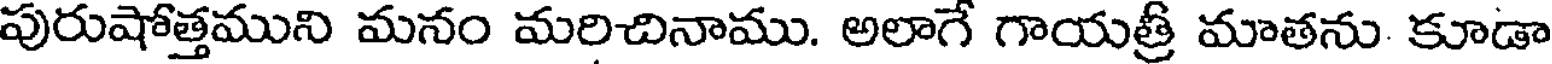
పురుషోత్తముని మనం మరిచినాము. అలాగే గాయత్రీ మాతను కూడా